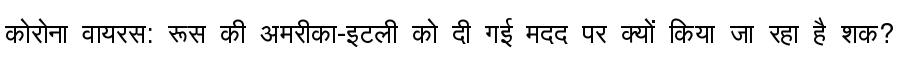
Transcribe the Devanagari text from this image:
कोरोना वायरस: रूस की अमरीका-इटली को दी गई मदद पर क्यों किया जा रहा है शक?